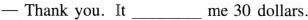
—Thank you.It___me 30 dollars.